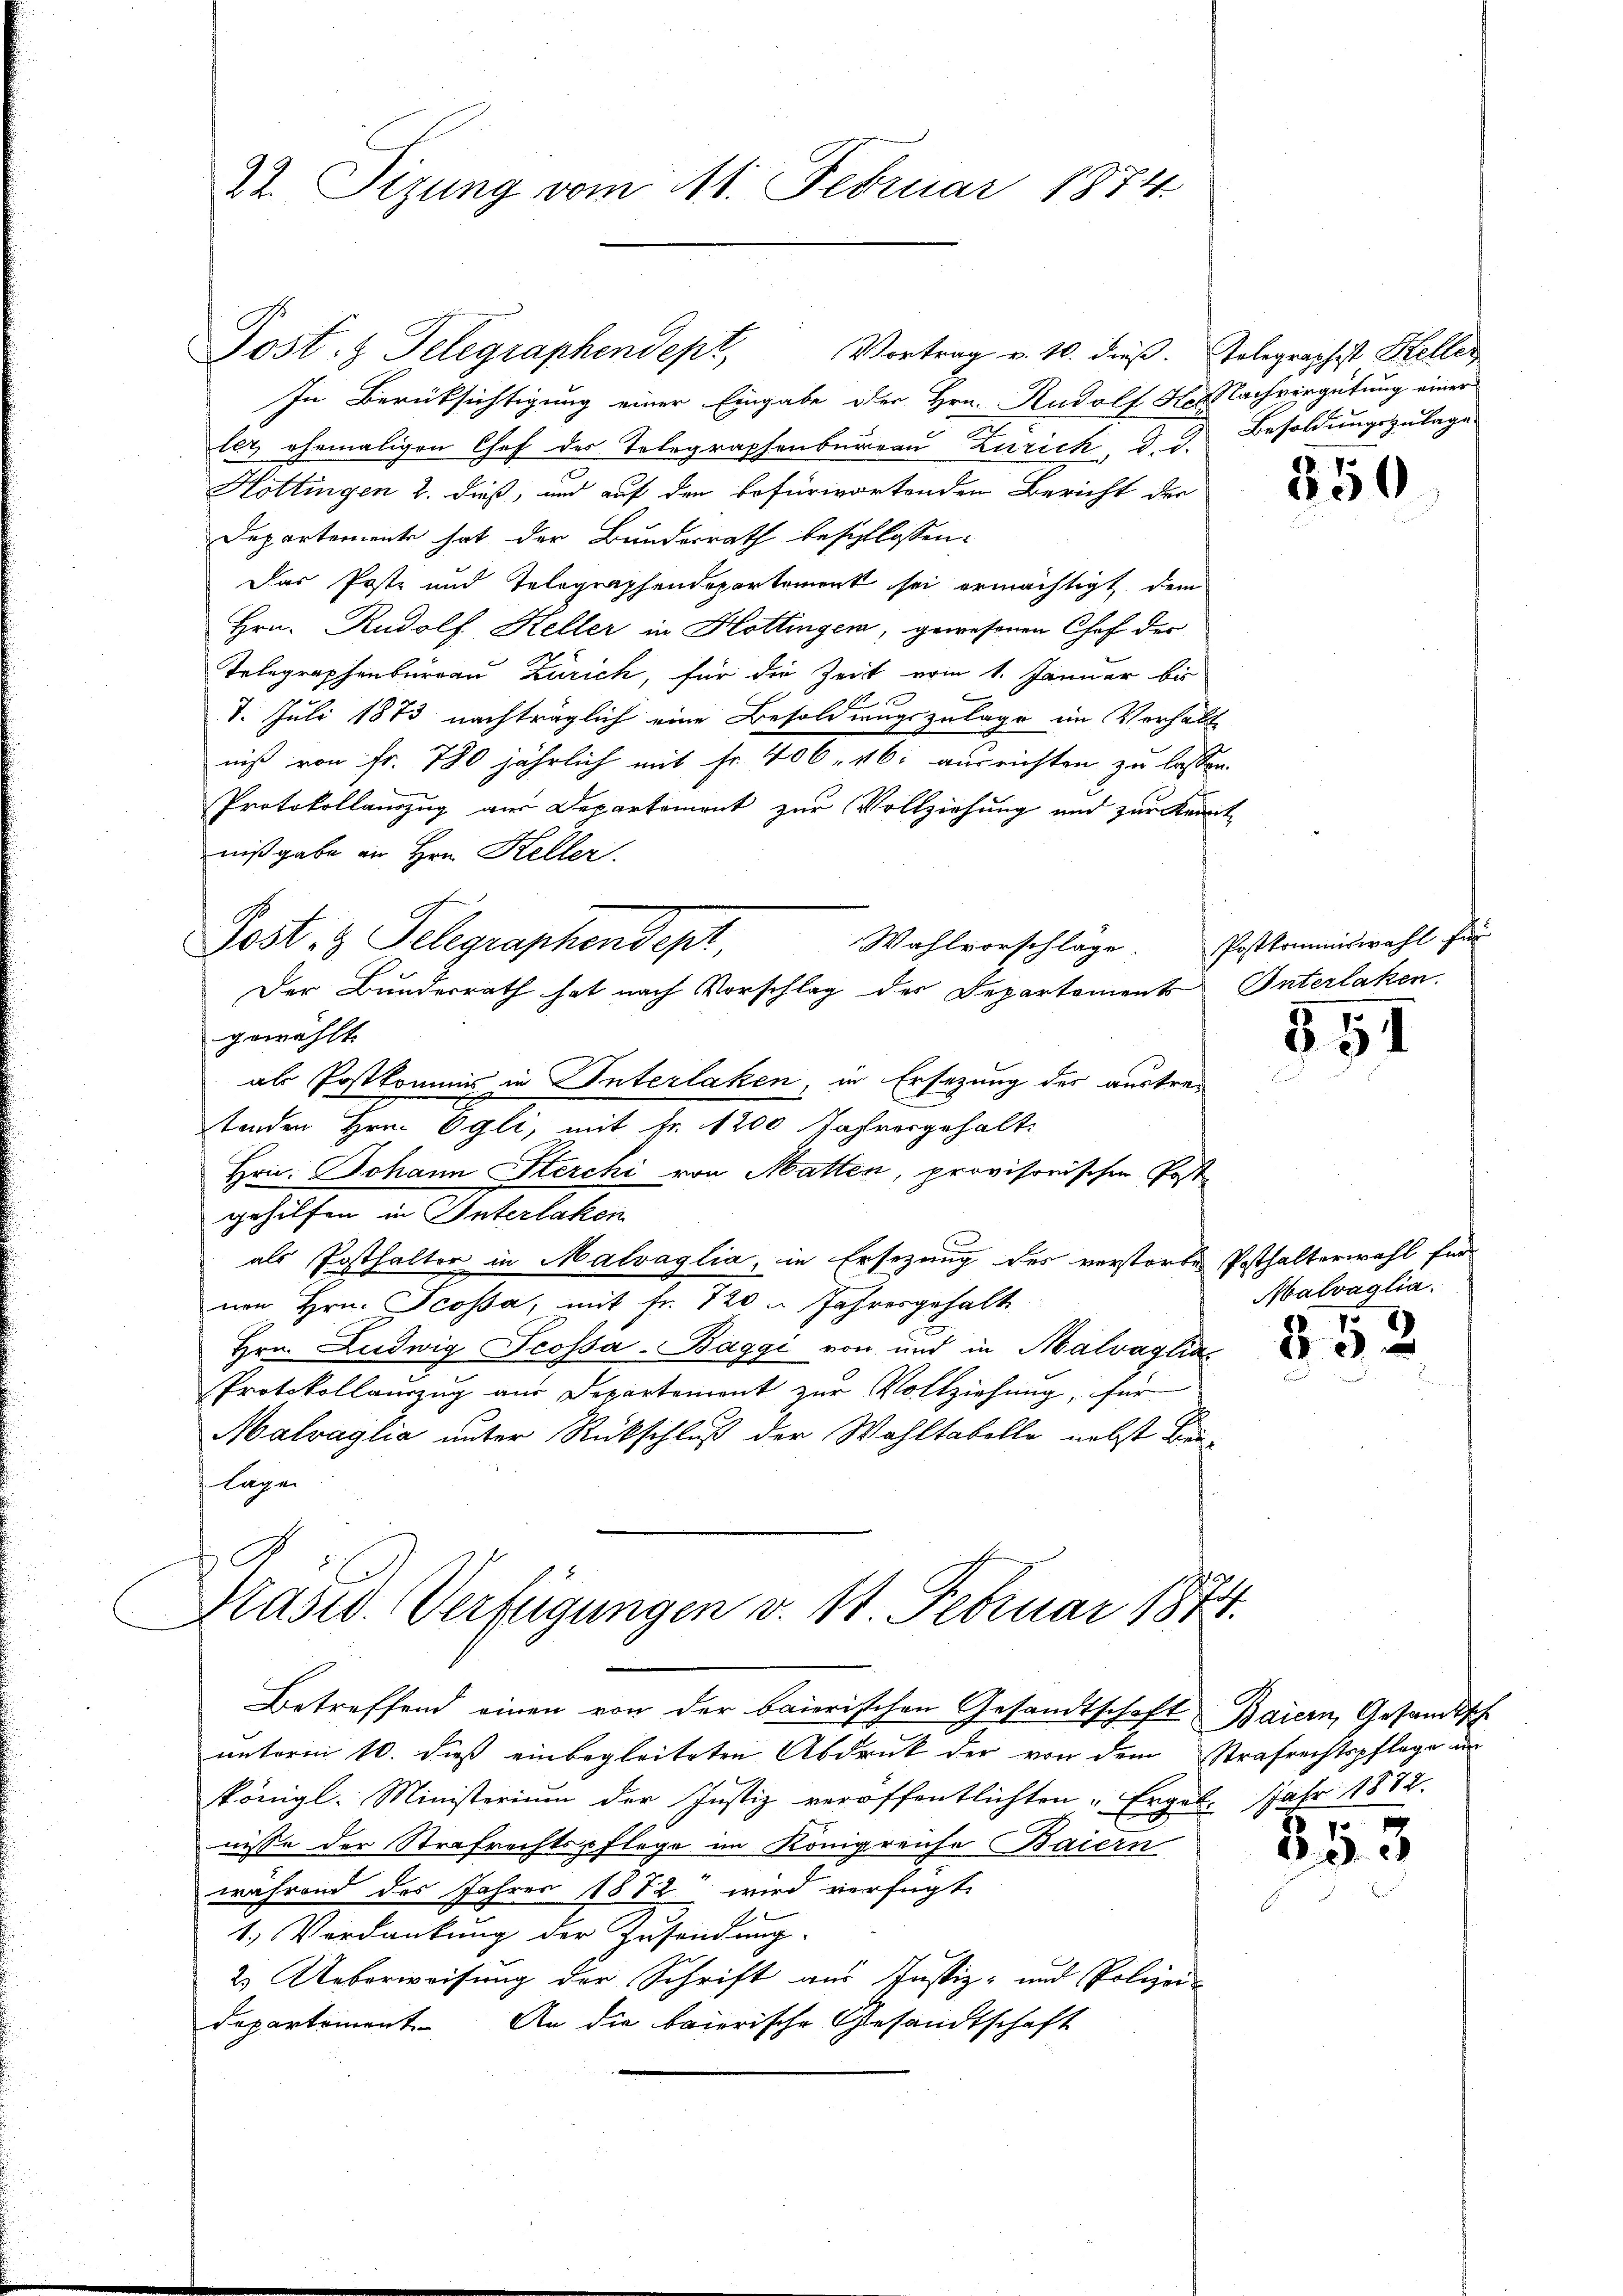
22. Tizung vom 11. Februar 1874.

Post. Telegraphendept, Vortrag v. 10. dieß. Telegraphist Heller
In Berücksichtigung einer Eingabe der Hrn. Rudolf Her Nachvergütung einer
ler ehemaligen Chef der Telegraphenburgern Zürich, d. d. Besoldungszulage
Hottingen 2. dieß, und auf den befürwortenden Bericht der
Departemente hat der Bundesrath beschlossen:
Das Poste und Telegraphendepartement sei ermächtigt, dem
Hrn. Rudolf Heller in Hottingen, gewesenen Chof der
Telegraphenburgau Zürich, für die Zeit vom 1. Januar bis
c
A
1. Juli 1873 nachträglich eine Besoldungszulage im Verhält
niß von Fr. 780 jährlich mit Fr. 406. 46: ausrichten zu lassen.
Protokollauszug aus Departement zur Vollziehung und zur Kennt
nißgabe an Hrn. Keller.
Post z. Telegraphendept,
Wahlvorschläge
Der Bunderrath hat nach Vorschlag des Departements Interlaken.
gewählt.
als Postkommis in Unterlaken, in Ersezung der austre¬
Aenden Herrn Egli, mit Nr. 110 Jahrengehalt.
Hrn. Johann Sterchi von Matten, provisorischen Post
gehülfen in Paterlassen
als Posthalter in Malvaglia, in Ersezung des verstorben Posthalterwahl für
von Hrn. Scosa, mit fr. 720 u. Jahresgehalte
Hrn. Ludwig Scossa-Baggi von und in Malvaglia
Protokollauszug aus Departement zur Vollziehung, für
Malvaglia unter Rückschluß der Wahltabelle nebst Bei¬
Lage
C
Mastv. Verfügungen v. 11. Februar 1874.

königl. Ministerium der Justiz veröffentlichten Ergeb. Jahr 1872.
nisse der Strafrechtspflege im Königreiche Baiern
während des Jahres 1872 wird verfügt:
1.) Verdankŭng der Zŭsendŭng.
2. Ueberweisung der Schrift aus Justiz- und Polizei-
Departement. An die baierische Gesandtschaft

Betreffend einen von der baierischen Gesandtschaft Baiern, Gesandtsche
unterm 10. dieß einbegleiteten Abdruck der von dem Strafrechtspflege an

850

Postkommiswahl für

551

Malvaglia.

852

253